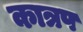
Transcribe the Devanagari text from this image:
कात्रप